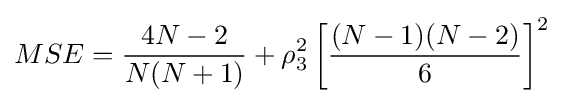
MSE={\frac {4N-2}{N(N+1)}}+\rho _{3}^{2}\left[{\frac {(N-1)(N-2)}{6}}\right]^{2}